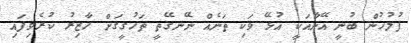
ފުލުހުން ބުނީ އޭނާއަކީ އުޅޭ ވަކި ތަނެއް ނޭނގޭތީ ތަހުގީގަށް ހާޒިރު ކުރެވިފައި